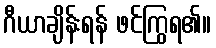
ဂီယာချိန်းရန် ဖင်ကြွရ၏။